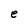
Character: e